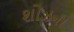
શોઝની